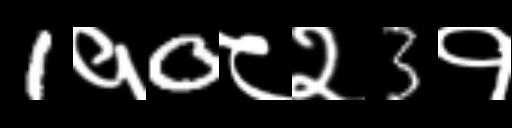
Text: 1१0८२3१